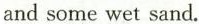
and some wet sand.